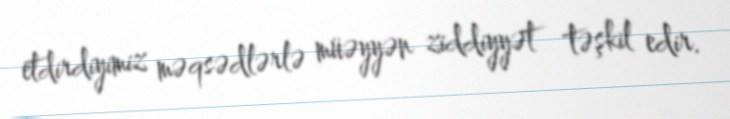
etdirdiyimiz məqsədlərlə müəyyən ziddiyyət təşkil edir.